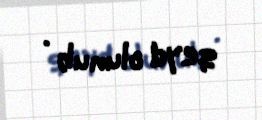
qeyd olunub .